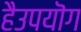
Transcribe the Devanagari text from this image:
हैउपयॊग